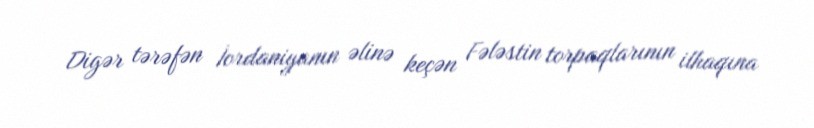
Digər tərəfən İordaniyanın əlinə keçən Fələstin torpaqlarının ilhaqına